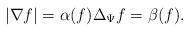
LaTeX: \begin{align*} |\nabla f | = \alpha(f) \Delta_{\Psi} f = \beta (f). \end{align*}